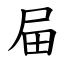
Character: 屇